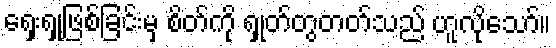
ရှေးရှုဖြစ်ခြင်းမှ စိတ်ကို ရှုတ်တွတတ်သည် ဟူလိုသော်။